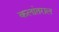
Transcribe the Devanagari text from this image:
कलांतराल